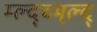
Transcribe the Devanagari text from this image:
म्ल्द्च्म्ल्द्